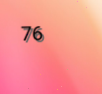
76